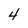
Character: 4